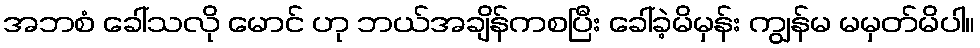
အဘစံ ခေါ်သလို မောင် ဟု ဘယ်အချိန်ကစပြီး ခေါ်ခဲ့မိမှန်း ကျွန်မ မမှတ်မိပါ။